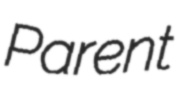
Parent